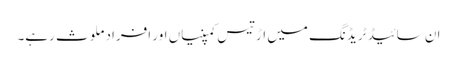
ان سائیڈ ٹریڈنگ میں اڑتیس کمپنیاں اور افراد ملوث رہے۔